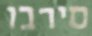
סירבו